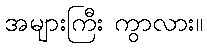
အများကြီး ကွာလား။